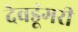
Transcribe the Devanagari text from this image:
देवडूंगरी